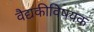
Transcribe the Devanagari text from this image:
वैद्यकीविषयक